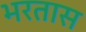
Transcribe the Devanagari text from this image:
भरतास